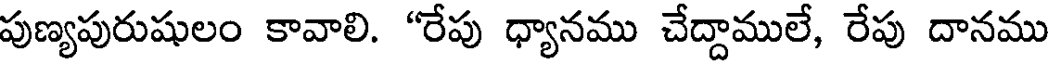
పుణ్యపురుషులం కావాలి. "రేపు ధ్యానము చేద్దాములే, రేపు దానము